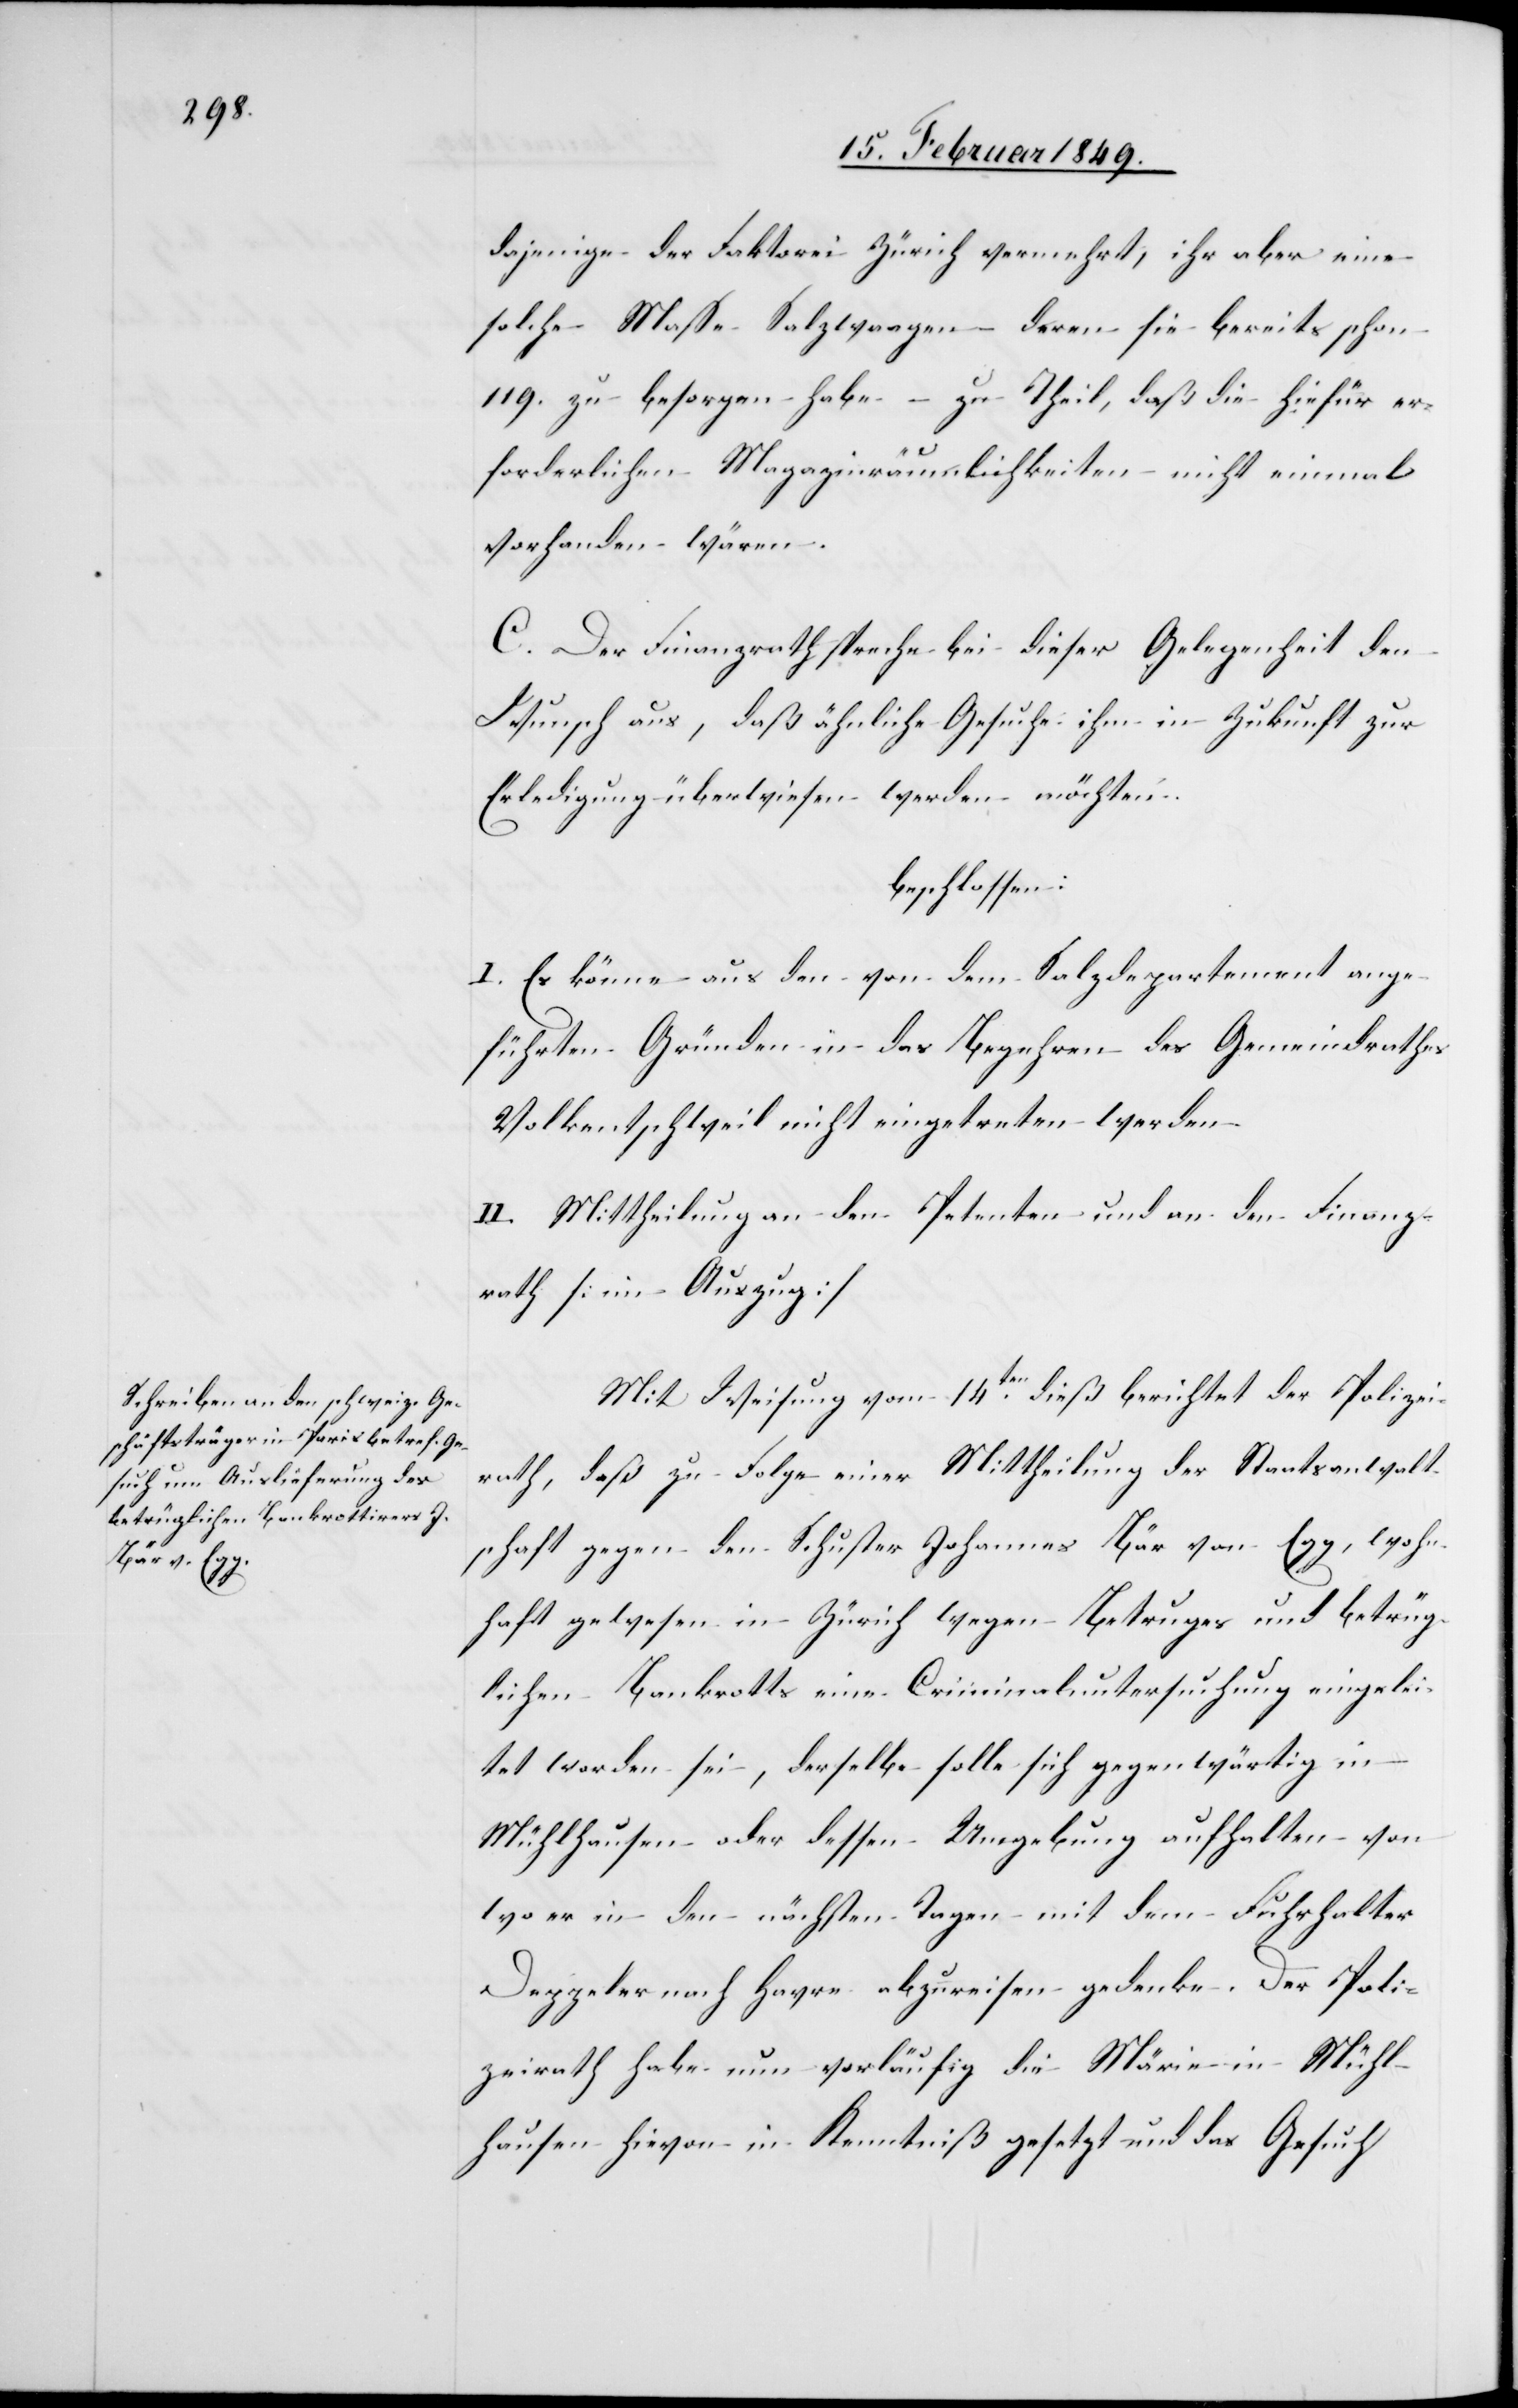
da[s]jenige der Faktorei Zürich vermehrt, ihr aber eine
solche Masse Salzwaagen – deren sie bereits schon
119. zu besorgen habe – zu Theil, daß die hiefür er¬
forderlichen Magazinräumlichkeiten nicht einmal
vorhanden wären.
C. Der Finanzrath spreche bei dieser Angelegenheit den
Wunsch aus, daß ähnliche Gesuche ihm in Zukunft zur
Erledigung überwiesen werden möchten.
beschlossen:
I. Es könne aus den von dem Salzdepartement ange¬
führten Gründen in das Begehren des Gemeindrathes
Volkentschweil nicht eingetreten werden.
II. Mittheilung an den Petenten und an den Finanz¬
rath [im Auszug]
Mit Weisung vom 14ten. dieß berichtet der Polizei¬
rath, daß zu Folge einer Mittheilung der Staatsanwalt¬
schaft gegen den Schuster Johannes Bär von Egg, wohn¬
haft gewesen in Zürich wegen Betruges und betrüg¬
lichen Bankrotts eine Criminaluntersuchung eingelei¬
tet worden sei, derselbe solle sich gegenwärtig in
Mühlhausen oder dessen Umgebung aufhalten von
wo er in den nächsten Tagen mit dem Fuhrhalter
Deppeler nach Havre abzureisen gedenke. Der Poli¬
zeirath habe nun vorläufig die Märie in Mühl¬
hausen hievon in Kenntniß gesetzt und das Gesuch